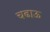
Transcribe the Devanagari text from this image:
चढाऊ